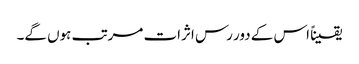
یقیناً اس کے دور رس اثرات مرتب ہوں گے۔